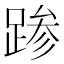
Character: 𰸙